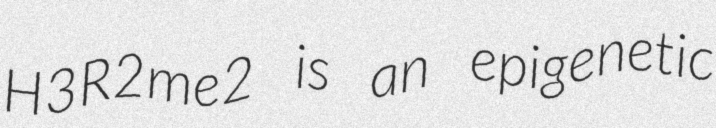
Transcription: H3R2me2 is an epigenetic